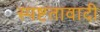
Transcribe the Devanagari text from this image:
स्पष्टतावादी